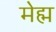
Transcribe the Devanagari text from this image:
मेह्म